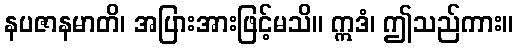
နပဇာနမာတိ၊ အပြားအားဖြင့်မသိ။ ဣဒံ၊ ဤသည်ကား။